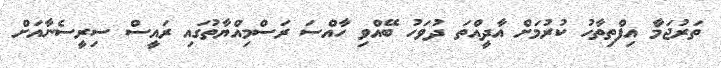
ތަރުޖަމާ އިފްތިތާހު ކުރުމަށް އާދީއްތަ ދުވަހު ބޭއްވި ހާއްސަ ރަސްމިއްޔާތުގައި ރައީސް ސިރީސެނާއަށް